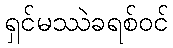
ရှင်မဿဲခရစ်ဝင်